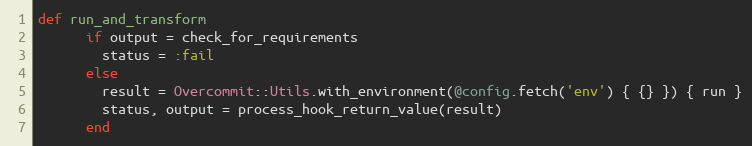
Language: Ruby
def run_and_transform
      if output = check_for_requirements
        status = :fail
      else
        result = Overcommit::Utils.with_environment(@config.fetch('env') { {} }) { run }
        status, output = process_hook_return_value(result)
      end